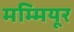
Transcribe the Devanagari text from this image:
मम्मियूर